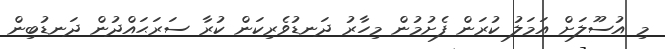
މި އުސޫލަށް އަމަލު ކުރަން ފެށުމުން މިހާރު ދަނޑުވެރިކަން ކުރާ ސަރަޙައްދުން ދަނޑުބިން